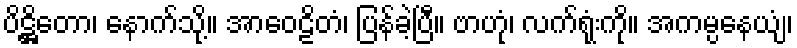
ပိဋ္ဌိတော၊ နောက်သို့။ အာဝေဠိတံ၊ ပြန်ခဲ့ပြီ။ ဗာဟုံ၊ လက်ရုံးကို။ အကမ္ပနေယျံ၊